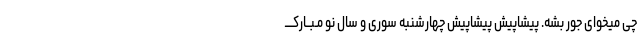
چی میخوای جور بشه. پیشاپیش پیشاپیش چهارشنبه سوری و سال نو مـبــارکــــ